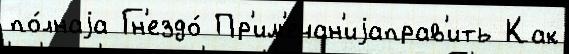
по́лнаjа Гн'ездо́ Пр'им'ечан'иjаправ'ить Как